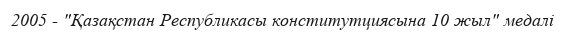
2005 - "Қазақстан Республикасы конститутциясына 10 жыл" медалі